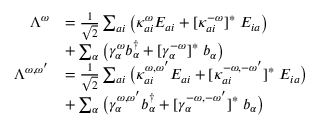
\begin{array} { r l } { \Lambda ^ { \omega } } & { = \frac { 1 } { \sqrt { 2 } } \sum _ { a i } \big ( \kappa _ { a i } ^ { \omega } E _ { a i } + [ \kappa _ { a i } ^ { - \omega } ] ^ { * } \; E _ { i a } \big ) } \\ & { + \sum _ { \alpha } \big ( \gamma _ { \alpha } ^ { \omega } b _ { \alpha } ^ { \dagger } + [ \gamma _ { \alpha } ^ { - \omega } ] ^ { * } \; b _ { \alpha } \big ) } \\ { \Lambda ^ { \omega , \omega ^ { \prime } } } & { = \frac { 1 } { \sqrt { 2 } } \sum _ { a i } \big ( \kappa _ { a i } ^ { \omega , \omega ^ { \prime } } E _ { a i } + [ \kappa _ { a i } ^ { - \omega , - \omega ^ { \prime } } ] ^ { * } \; E _ { i a } \big ) } \\ & { + \sum _ { \alpha } \big ( \gamma _ { \alpha } ^ { \omega , \omega ^ { \prime } } b _ { \alpha } ^ { \dagger } + [ \gamma _ { \alpha } ^ { - \omega , - \omega ^ { \prime } } ] ^ { * } \; b _ { \alpha } \big ) } \end{array}